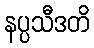
နပ္ပသီဒတိ